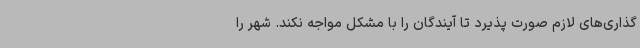
گذاری‌های لازم صورت پذیرد تا آیندگان را با مشکل مواجه نکند. شهر را